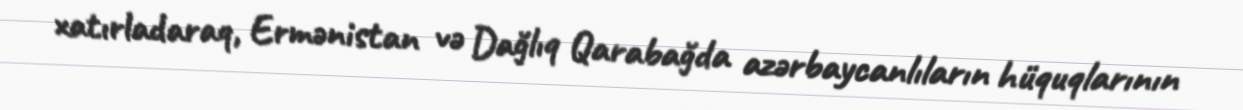
xatırladaraq, Ermənistan və Dağlıq Qarabağda azərbaycanlıların hüquqlarının